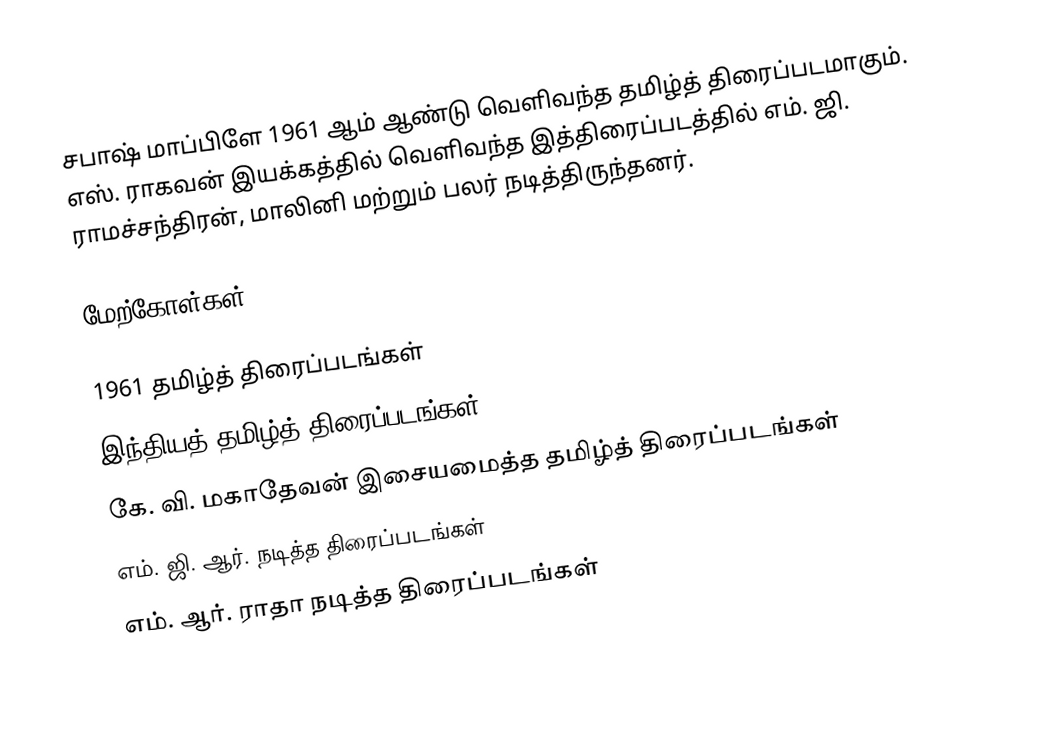
சபாஷ் மாப்பிளே 1961 ஆம் ஆண்டு வெளிவந்த தமிழ்த் திரைப்படமாகும். எஸ். ராகவன் இயக்கத்தில் வெளிவந்த இத்திரைப்படத்தில் எம். ஜி. ராமச்சந்திரன், மாலினி மற்றும் பலர் நடித்திருந்தனர்.

மேற்கோள்கள்

1961 தமிழ்த் திரைப்படங்கள்
இந்தியத் தமிழ்த் திரைப்படங்கள்
கே. வி. மகாதேவன் இசையமைத்த தமிழ்த் திரைப்படங்கள்
எம். ஜி. ஆர். நடித்த திரைப்படங்கள்
எம். ஆர். ராதா நடித்த திரைப்படங்கள்